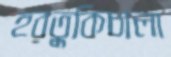
হরতুকিচালা